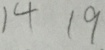
1 4 1 9